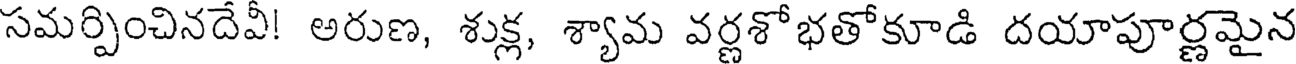
సమర్పించినదేవీ! అరుణ, శుక్ల, శ్యామ వర్ణశోభతోకూడి దయాపూర్ణమైన